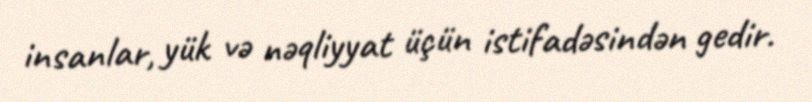
insanlar, yük və nəqliyyat üçün istifadəsindən gedir.